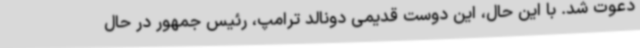
دعوت شد. با این حال، این دوست قدیمی دونالد ترامپ، رئیس جمهور در حال